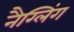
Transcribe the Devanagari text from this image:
नैग्लिंग